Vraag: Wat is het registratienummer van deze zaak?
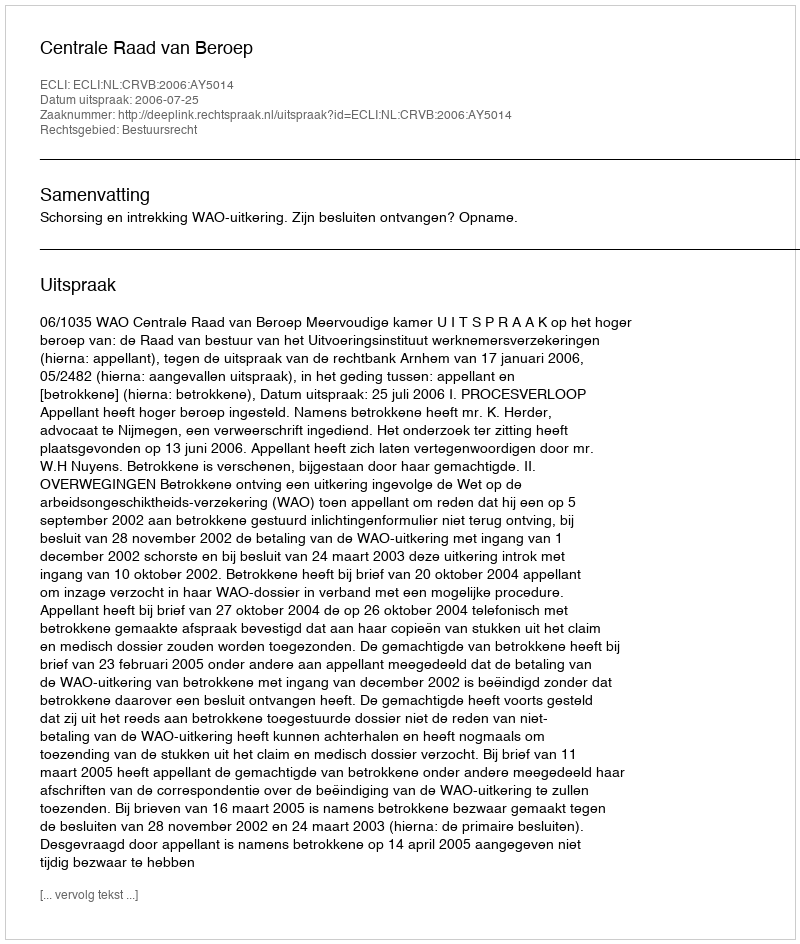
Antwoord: http://deeplink.rechtspraak.nl/uitspraak?id=ECLI:NL:CRVB:2006:AY5014